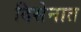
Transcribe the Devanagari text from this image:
दिसेनात